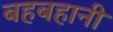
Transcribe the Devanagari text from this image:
बहबहानी